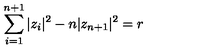
\sum _ { i = 1 } ^ { n + 1 } | z _ { i } | ^ { 2 } - n | z _ { n + 1 } | ^ { 2 } = r